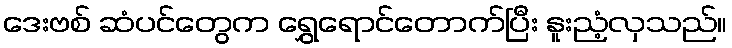
ဒေးဗစ် ဆံပင်တွေက ရွှေရောင်တောက်ပြီး နူးညံ့လှသည်။